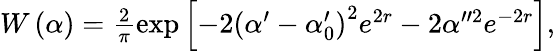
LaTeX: \begin{array}{r}{W\left(\alpha\right)=\frac{2}{\pi}\exp\left[-2\left(\alpha^{\prime}-\alpha_{0}^{\prime}\right)^{2}e^{2r}-2\alpha^{\prime\prime 2}e^{-2r}\right],}\end{array}